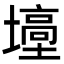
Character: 㙵